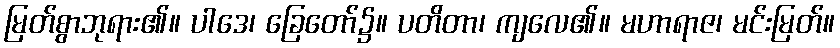
မြတ်စွာဘုရား၏။ ပါဒေ၊ ခြေတော်၌။ ပတိတာ၊ ကျလေ၏။ မဟာရာဇ၊ မင်းမြတ်။